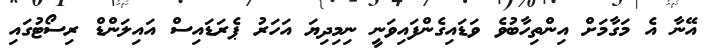
އޭނާ އެ މަގާމަށް އިންތިހާބުވެ ވަޑައިގެންފައިވަނީ ނިމިދިޔަ އަހަރު ޕެރަޑައިސް އައިލަންޑް ރިސޯޓުގައި